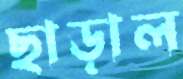
ছাড়াল